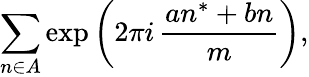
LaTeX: \sum_{n\in A}\exp{{\biggl(}2\pi i\, {\frac{an^{*}+bn}{m}}{\biggr)}},